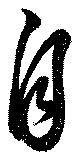
自